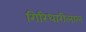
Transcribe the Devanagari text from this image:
गिरिधारीलाल